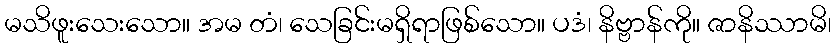
မသိဖူးသေးသော။ အမ တံ၊ သေခြင်းမရှိရာဖြစ်သော။ ပဒံ၊ နိဗ္ဗာန်ကို။ ဇာနိဿာမိ၊